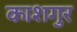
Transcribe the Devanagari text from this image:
काशगुर